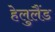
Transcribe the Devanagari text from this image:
हेलुलैंड